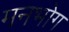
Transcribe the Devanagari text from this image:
मनभोग